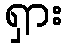
ရှား